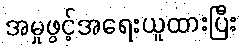
အမှုဖွင့်အရေးယူထားပြီး